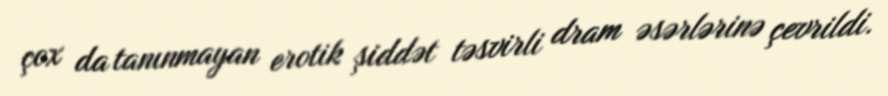
çox da tanınmayan erotik şiddət təsvirli dram əsərlərinə çevrildi.